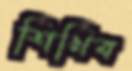
শিখিব